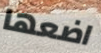
اضعها